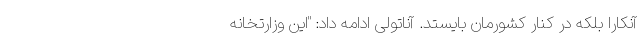
آنکارا بلکه در کنار کشورمان بایستد. آناتولی ادامه داد: "این وزارتخانه